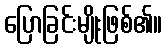
ပြောခြင်းမျိုးဖြစ်၏။